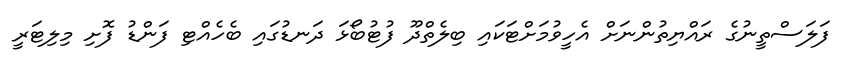
ފަލަސްތީނުގެ ރައްޔިތުންނަށް އެހީވުމަށްޓަކައި ބިލެތްދޫ ފުޓުބޯޅަ ދަނޑުގައި ބެހެއްޓި ފަންޑު ފޮށި މިލިޓަރީ